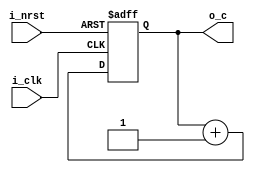
module ib_counter_16(
   input    wire           i_clk,
   input    wire           i_nrst,
   output   wire  [15:0]   o_c
);

   wire  [15:0] count_next;
   reg   [15:0] count;

   assign count_next = count + 'd1;

   always@(posedge i_clk or negedge i_nrst) begin
      if(!i_nrst) count <= 'd0;
      else        count <= count_next; 
   end
  
   assign o_c = count;

endmodule